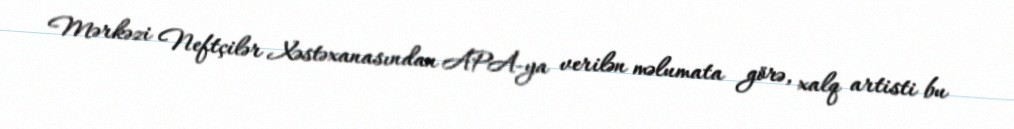
Mərkəzi Neftçilər Xəstəxanasından APA-ya verilən məlumata görə, xalq artisti bu